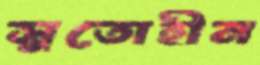
সুতোহীন